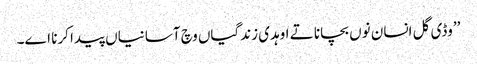
’’وڈی گل انسان نوں بچانا تے اوہدی زندگیاں وچ آسانیاں پیدا کرنا اے۔